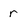
Character: r